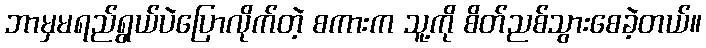
ဘာမှမရည်ရွယ်ပဲပြောလိုက်တဲ့ စကားက သူ့ကို စိတ်ညစ်သွားစေခဲ့တယ်။